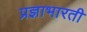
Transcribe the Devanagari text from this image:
प्रज्ञाभारती